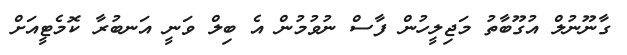
ގާނޫނުލް އުގޫބާތު މަޖިލީހުން ފާސް ނުވުމުން އެ ބިލް ވަނީ އަނބުރާ ކޮމެޓީއަށް